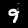
Label: 9